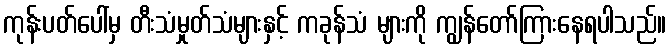
ကုန်းပတ်ပေါ်မှ တီးသံမှုတ်သံများနှင့် ကခုန်သံ များကို ကျွန်တော်ကြားနေရပါသည်။